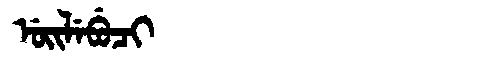
Manchu: ᡠᡳᠯᡝᠪᡠᠴᡳ
Romanization: UILEBUCI